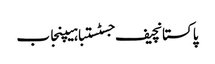
پاکستانچیف جسٹستباہیپنجاب